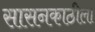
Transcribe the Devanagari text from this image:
सासनकाठीला